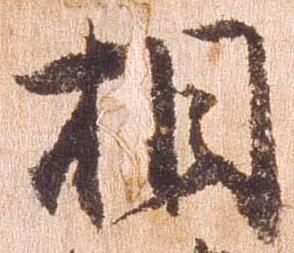
相